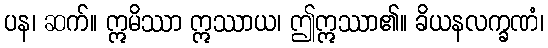
ပန၊ ဆက်။ ဣမိဿာ ဣဿာယ၊ ဤဣဿာ၏။ ခိယနလက္ခဏံ၊